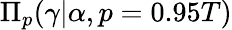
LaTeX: \Pi_{p}(\gamma\vert\alpha,p=0.95T)